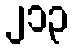
၂၁၃